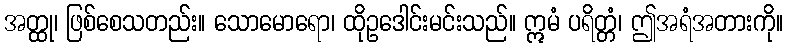
အတ္ထု၊ ဖြစ်စေသတည်း။ သောမောရော၊ ထိုဥဒေါင်းမင်းသည်။ ဣမံ ပရိတ္တံ၊ ဤအရံအတားကို။